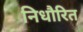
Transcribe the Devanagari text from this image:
निधौरित